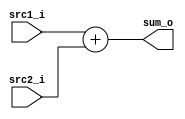
`timescale 1ns/1ps

module Adder(
    input  [32-1:0] src1_i,
    input  [32-1:0] src2_i,
    output [32-1:0] sum_o
);

/* Write your code HERE */
    assign sum_o = src1_i + src2_i;
endmodule